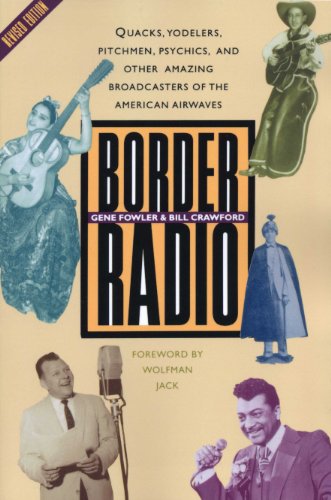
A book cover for Border Radio: Quacks, Yodelers, Pitchmen, Psychics, and Other Amazing Broadcasters of the American Airwaves, Revised Edition; Gene Fowler; Humor & Entertainment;